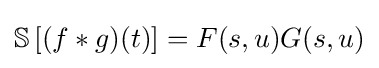
{\mathbb {S} }\left[(f*g)(t)\right]=F(s,u)G(s,u)